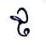
ថ